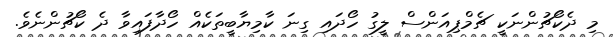
މި ދެކޯޗުންނަކީ ޗެމްޕިއަންސް ލީގު ހޯދައި ގިނަ ކާމިޔާބީތަކެއް ހޯދާފައިވާ ދެ ކޯޗުންނެވެ.